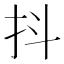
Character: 抖